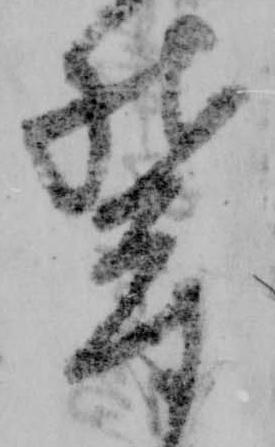
鬱